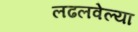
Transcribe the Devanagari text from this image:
लढलवेल्या